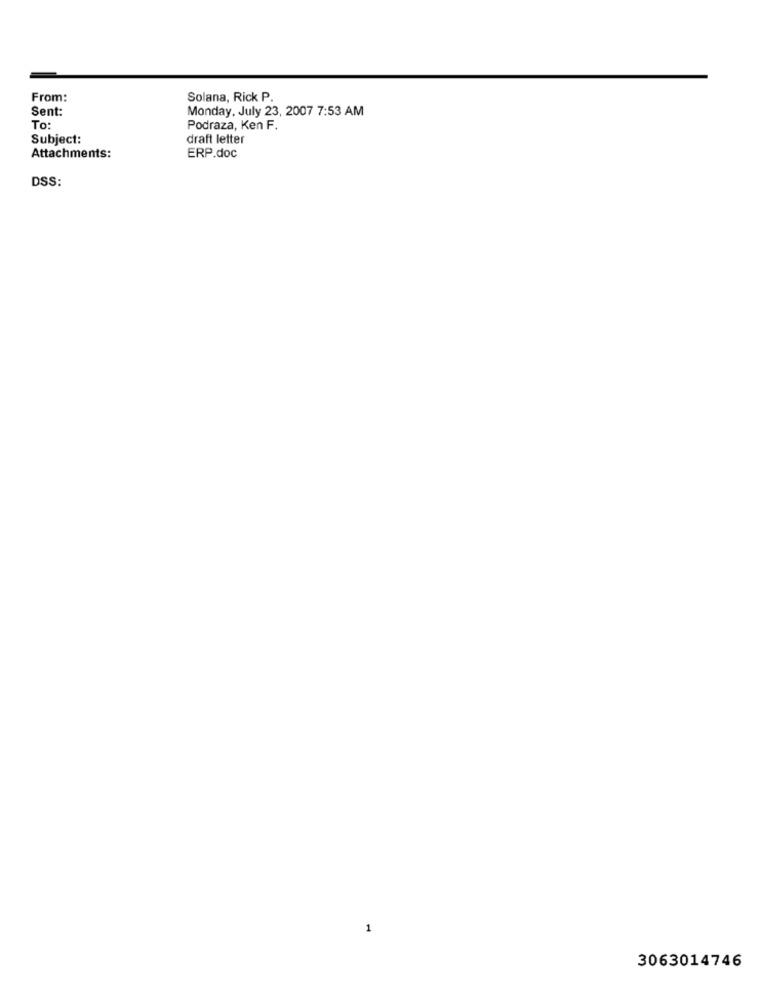
From:
Solana, Rick P.
Sent:
Monday, July 23, 2007 7:53 AM
To:
Podraza, Ken F.
Subject:
draft letter
Attachments:
ERP.doc
DSS:
1
3063014746